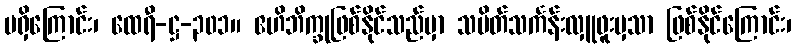
မရှိကြောင်း၊ ထေရီ-ဋ္ဌ-၃၀၁။ ဧဟိဘိက္ခုဖြစ်နိုင်သည်မှာ သပိတ်သင်္ကန်းလှူဖူးမှသာ ဖြစ်နိုင်ကြောင်း၊